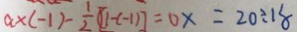
a \times ( - 1 ) - \frac { 1 } { 2 } [ 1 - ( - 1 ) ] = 0 x = 2 0 \div 1 8